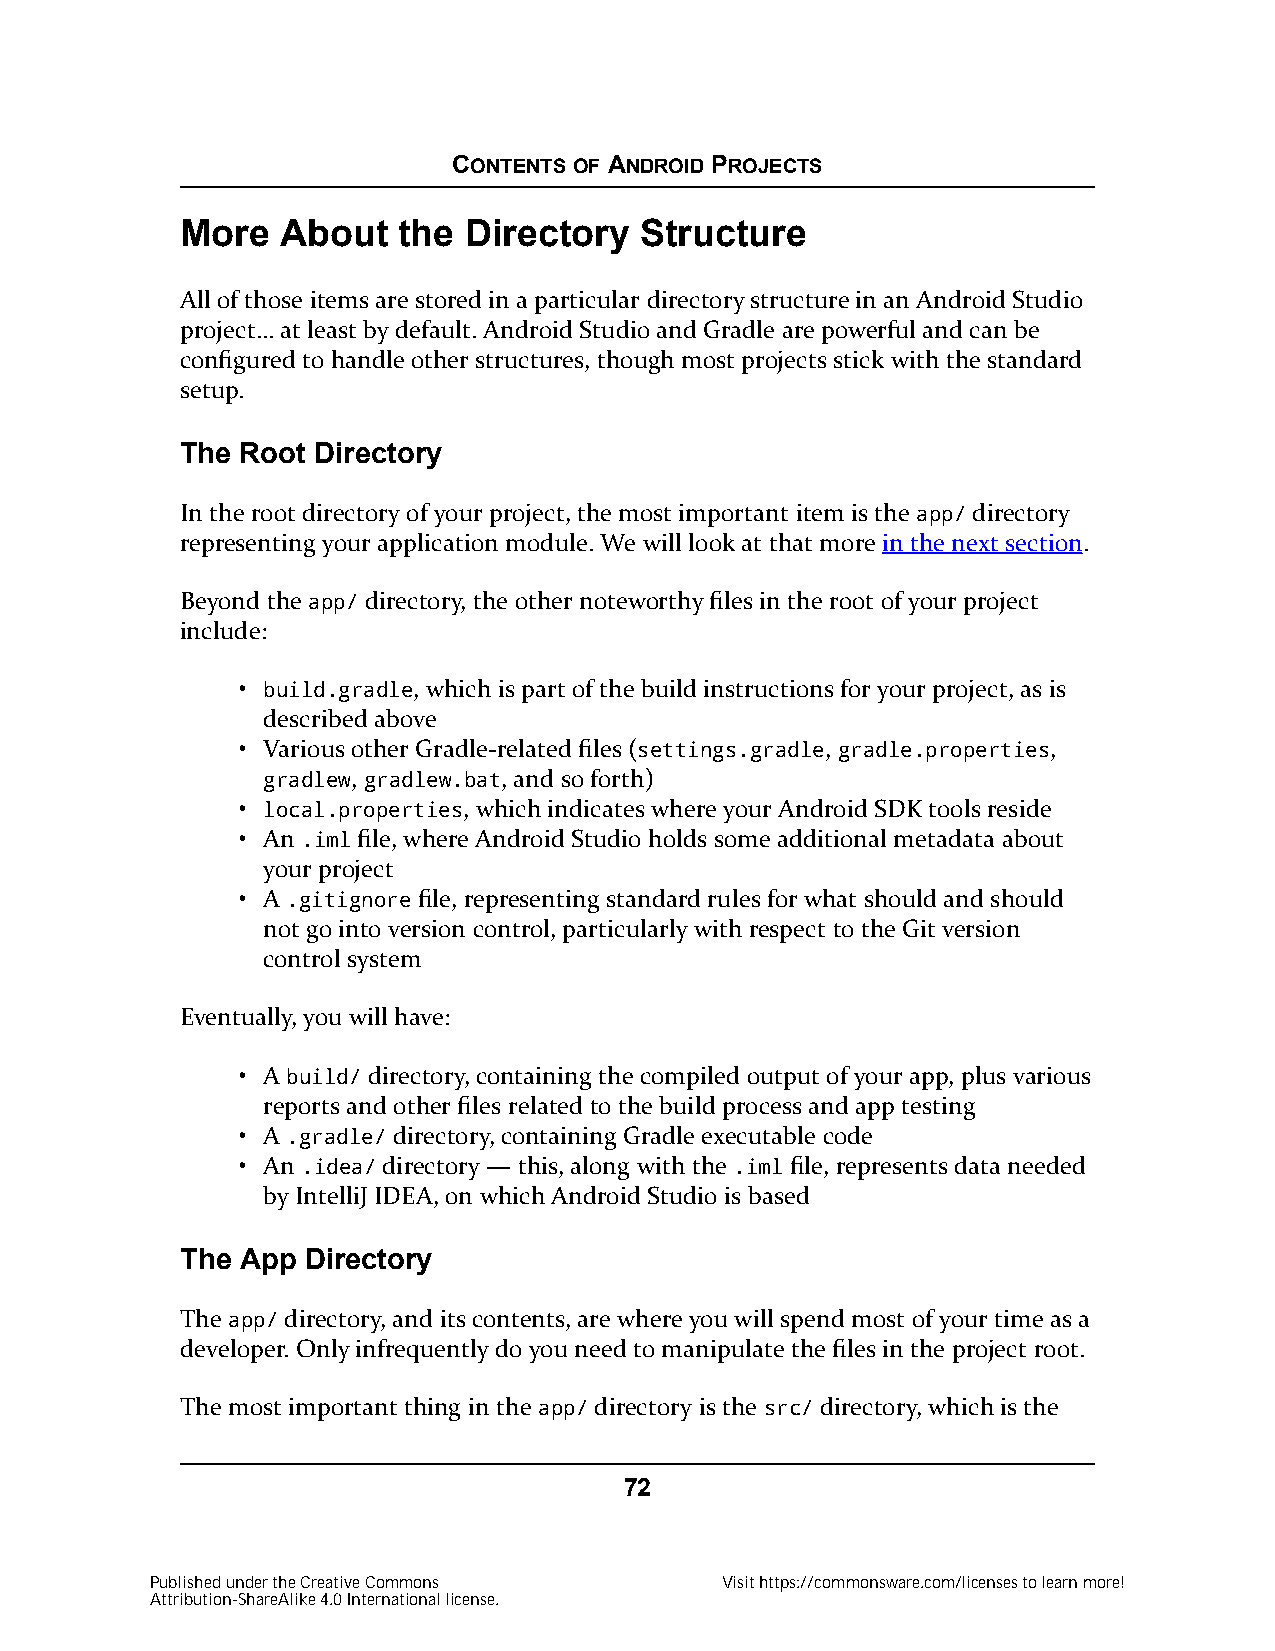
CONTENTS OF ANDROID PROJECTS
 More   About  the  Directory  Structure
 All of those items are stored in a particular directory structure in an Android Studio
 project… at least by default. Android Studio and Gradle are powerful and can be
 configured to handle other structures, though most projects stick with the standard
 setup.
 The Root Directory
 In the root directory of your project, the most important item is the app/ directory
 representing your application module. We will look at that more in the next section.
 Beyond the app/ directory, the other noteworthy files in the root of your project
 include:
 • build.gradle, which is part of the build instructions for your project, as is
 described above
 • Various other Gradle-related files (settings.gradle, gradle.properties,
 gradlew, gradlew.bat, and so forth)
 • local.properties, which indicates where your Android SDK tools reside
 • An .iml file, where Android Studio holds some additional metadata about
 your project
 • A .gitignore file, representing standard rules for what should and should
 not go into version control, particularly with respect to the Git version
 control system
 Eventually, you will have:
 • A build/ directory, containing the compiled output of your app, plus various
 reports and other files related to the build process and app testing
 • A .gradle/ directory, containing Gradle executable code
 • An .idea/ directory — this, along with the .iml file, represents data needed
 by IntelliJ IDEA, on which Android Studio is based
 The App Directory
 The app/ directory, and its contents, are where you will spend most of your time as a
 developer. Only infrequently do you need to manipulate the files in the project root.
 The most important thing in the app/ directory is the src/ directory, which is the
 72
 Published under the Creative Commons  Visit https://commonsware.com/licenses to learn more!
 Attribution-ShareAlike 4.0 International license.